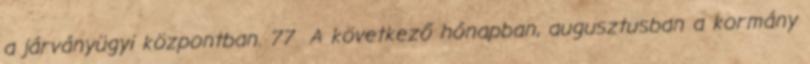
a járványügyi központban. 77 A következő hónapban, augusztusban a kormány